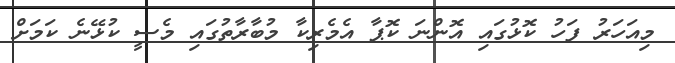
މިއަހަރު ފަހު ކޮޅުގައި އޮންނަ ކޮޕާ އެމެރިކާ މުބާރާތުގައި މެސީ ކުޅޭނެ ކަމަށް